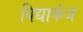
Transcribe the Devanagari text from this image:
विद्याकंज